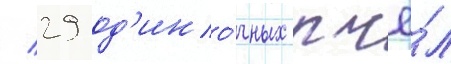
/ 29 од'ино́чных пчё́л